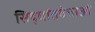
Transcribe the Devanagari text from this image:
सिद्धांतवेत्ताओं